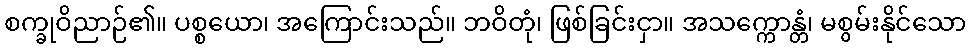
စက္ခုဝိညာဉ်၏။ ပစ္စယော၊ အကြောင်းသည်။ ဘဝိတုံ၊ ဖြစ်ခြင်းငှာ။ အသက္ကောန္တံ၊ မစွမ်းနိုင်သော